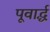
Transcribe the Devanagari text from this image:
पूवार्द्ध